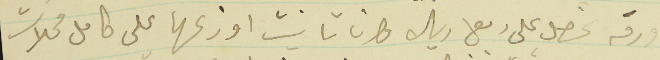
ورقه نحصل على ربع ريال وان تانيت اوزعها على كامل محلات